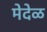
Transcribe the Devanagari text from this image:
मेदेळ